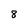
Character: 8